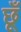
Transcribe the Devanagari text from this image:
छूँ